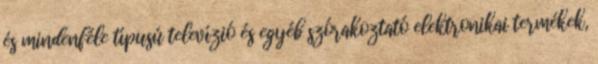
és mindenféle típusú televízió és egyéb szórakoztató elektronikai termékek,